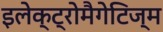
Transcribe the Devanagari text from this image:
इलेक्ट्रोमैगेटिज्म